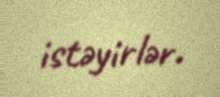
istəyirlər.